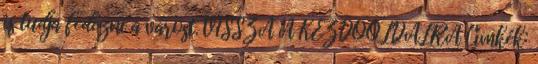
is tudja fedezni a várost. VISSZA A KEZDŐOLDALRA Címkék: